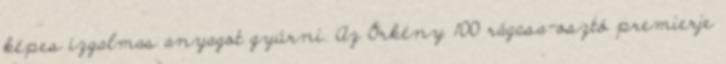
képes izgalmas anyagot gyúrni. Az Örkény 100 rágcsa-osztó premierje